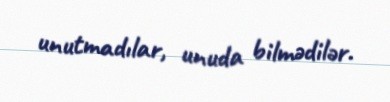
unutmadılar, unuda bilmədilər.